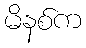
မိနစ်က